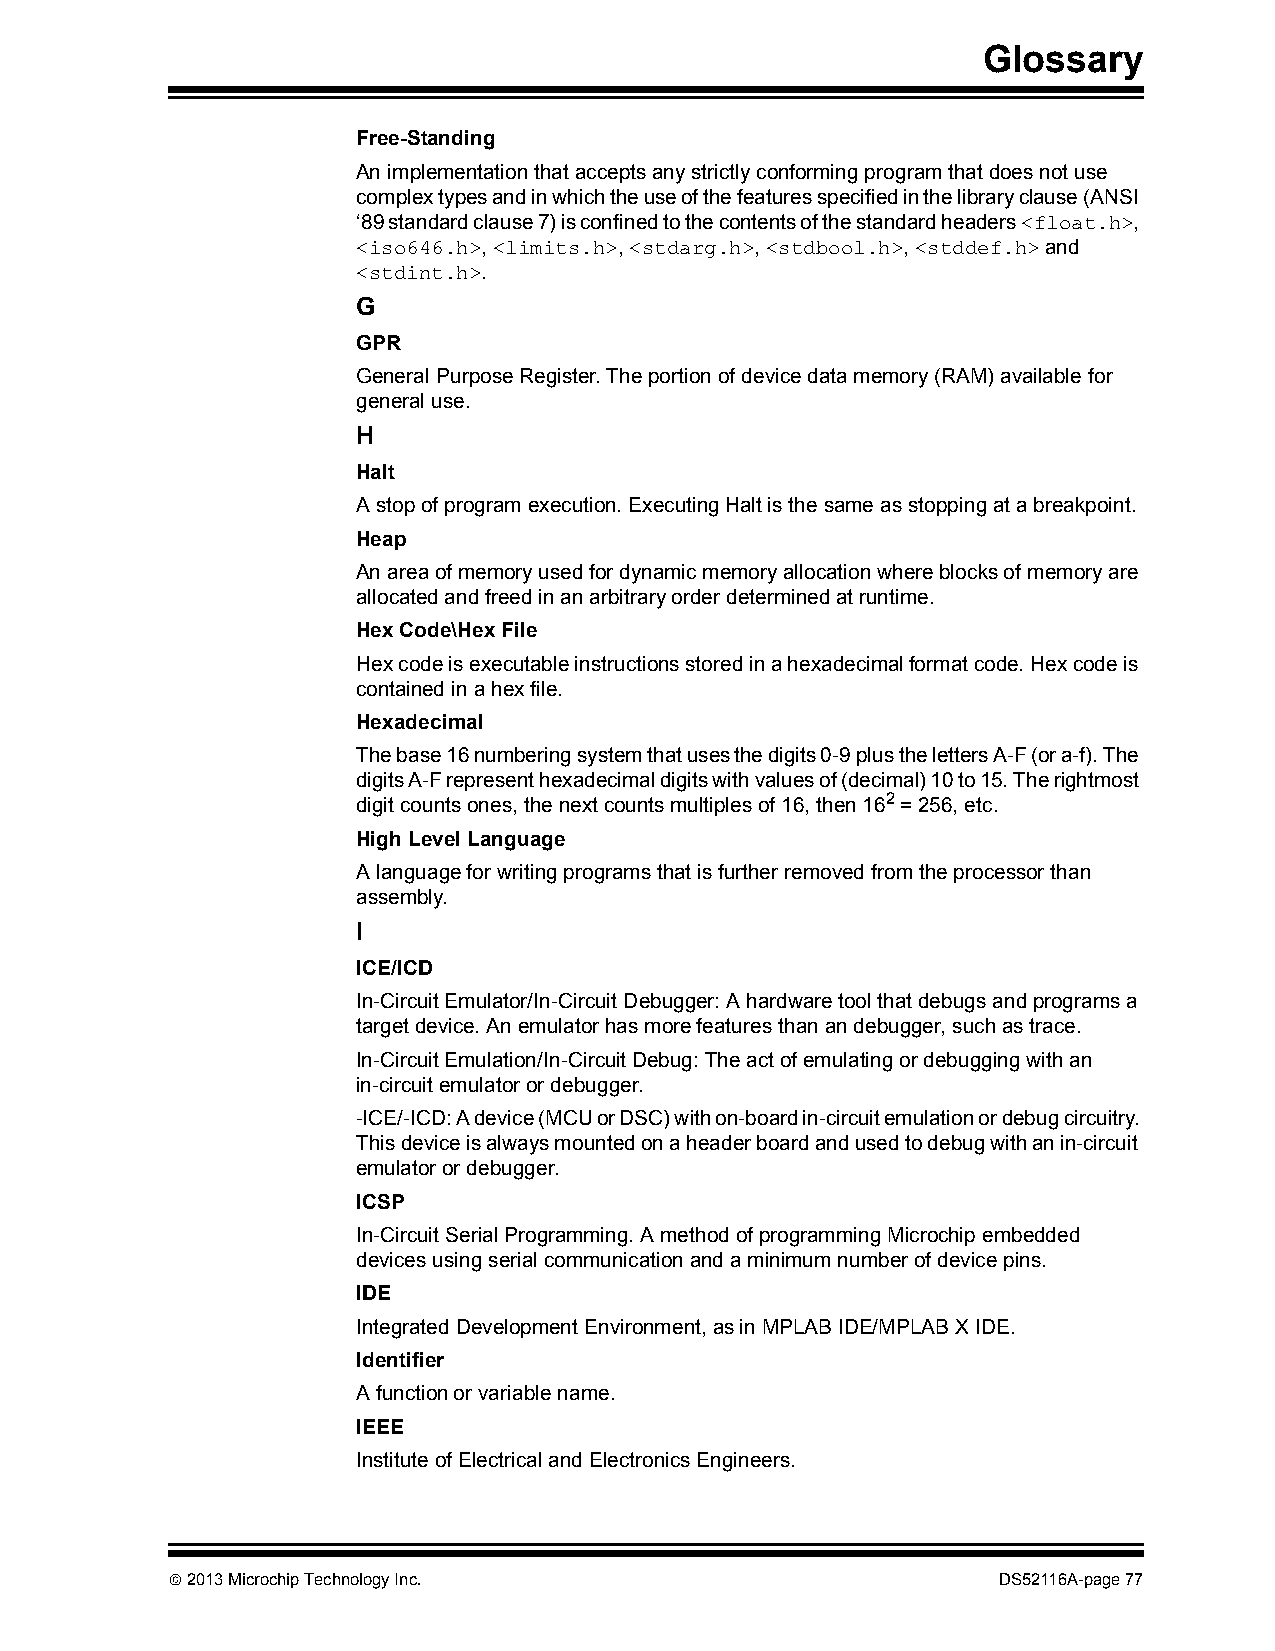
Glossary
 Free-Standing
 An implementation that accepts any strictly conforming program that does not use
 complex types and in which the use of the features specified in the library clause (ANSI
 ‘89 standard clause 7) is confined to the contents of the standard headers <float.h>,
 <iso646.h>, <limits.h>, <stdarg.h>, <stdbool.h>, <stddef.h> and
 <stdint.h>.
 G
 GPR
 General Purpose Register. The portion of device data memory (RAM) available for
 general use.
 H
 Halt
 A stop of program execution. Executing Halt is the same as stopping at a breakpoint.
 Heap
 An area of memory used for dynamic memory allocation where blocks of memory are
 allocated and freed in an arbitrary order determined at runtime.
 Hex Code\Hex File
 Hex code is executable instructions stored in a hexadecimal format code. Hex code is
 contained in a hex file.
 Hexadecimal
 The base 16 numbering system that uses the digits 0-9 plus the letters A-F (or a-f). The
 digits A-F represent hexadecimal digits with values of (decimal) 10 to 15. The rightmost
 digit counts ones, the next counts multiples of 16, then 162 = 256, etc.
 High Level Language
 A language for writing programs that is further removed from the processor than
 assembly.
 I
 ICE/ICD
 In-Circuit Emulator/In-Circuit Debugger: A hardware tool that debugs and programs a
 target device. An emulator has more features than an debugger, such as trace.
 In-Circuit Emulation/In-Circuit Debug: The act of emulating or debugging with an
 in-circuit emulator or debugger.
 -ICE/-ICD: A device (MCU or DSC) with on-board in-circuit emulation or debug circuitry.
 This device is always mounted on a header board and used to debug with an in-circuit
 emulator or debugger.
 ICSP
 In-Circuit Serial Programming. A method of programming Microchip embedded
 devices using serial communication and a minimum number of device pins.
 IDE
 Integrated Development Environment, as in MPLAB IDE/MPLAB X IDE.
 Identifier
 A function or variable name.
 IEEE
 Institute of Electrical and Electronics Engineers.
  2013 Microchip Technology Inc.                       DS52116A-page 77